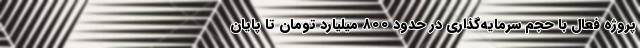
پروژه فعال با حجم سرمایه‌گذاری در حدود ۸۰۰ میلیارد تومان تا پایان